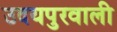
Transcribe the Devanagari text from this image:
उदयपुरवाली